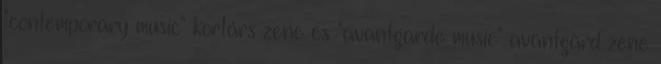
"contemporary music" kortárs zene és "avantgarde music" avantgárd zene